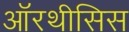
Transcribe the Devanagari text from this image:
ऑरथीसिस